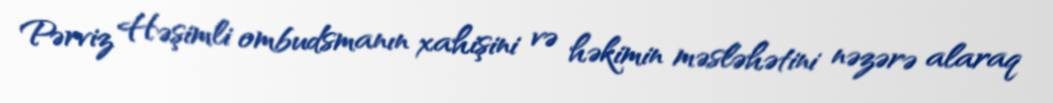
Pərviz Həşimli ombudsmanın xahişini və həkimin məsləhətini nəzərə alaraq